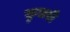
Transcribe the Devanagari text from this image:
कुलरी